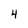
Character: 4